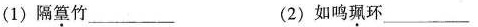
(1)隔篁竹___(2)如鸣珮环___